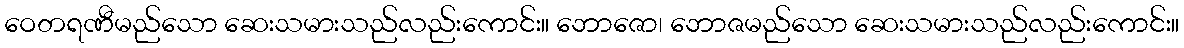
ဝေတရဏီမည်သော ဆေးသမားသည်လည်းကောင်း။ ဘောဇော၊ ဘောဇမည်သော ဆေးသမားသည်လည်းကောင်း။